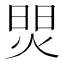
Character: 焸